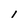
Character: i